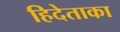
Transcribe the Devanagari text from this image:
हिदेताका